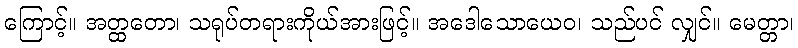
ကြောင့်။ အတ္ထတော၊ သရုပ်တရားကိုယ်အားဖြင့်။ အဒေါသောယေဝ၊ သည်ပင် လျှင်။ မေတ္တာ၊